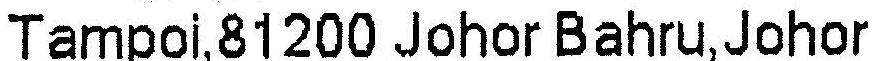
TAMPOI,81200 JOHOR BAHRU,JOHOR